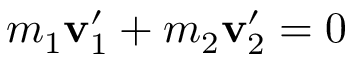
m _ { 1 } \mathbf { v } _ { 1 } ^ { \prime } + m _ { 2 } \mathbf { v } _ { 2 } ^ { \prime } = { \boldsymbol { 0 } }